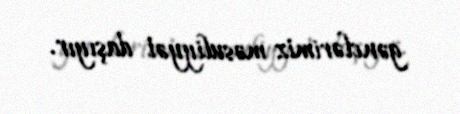
gənclərimiz məsuliyyət daşıyır.